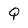
Character: Q